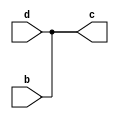
module v(c,b,d);
input [1:0]b;
input [1:0]d;
output reg[1:0]c;

reg [1:0]a[0:1];
always@(b)
begin
a[b]=2'b00;
c=b;
$display("%b a",a[b]);
end
always@(d)
begin
a[d]=2'b11;
c=d;
$display("%b a",a[d]);
end
endmodule


module s;
reg [1:0]b,d;
wire [1:0]c;
reg f;
v v0(c,b,d);
initial
begin
b=2'b01;
#2 b=2'b00;
#1 d=2'b11;
end
initial
$monitor("%b  %b %b %b",c,b,d,f);

endmodule